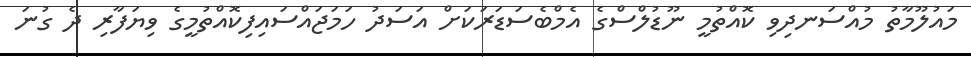
މައުލޫމާތު މުއްސަނދިވި ކޮއްތުމީ ނޫޑުލްސްގެ އެމްބެސަޑަރަކަށް އަސަދު ހަމަޖައްސައިފިކޮއްތުމީގެ ވިޔަފާރި ދެ ގުނަ